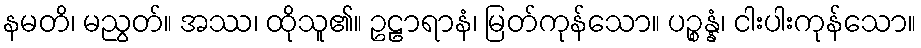
နမတိ၊ မညွတ်။ အဿ၊ ထိုသူ၏။ ဥဠာရာနံ၊ မြတ်ကုန်သော။ ပဉ္စန္နံ၊ ငါးပါးကုန်သော။